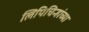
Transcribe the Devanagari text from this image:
लिपिचिन्हांच्या